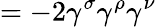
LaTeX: =-2\gamma^{\sigma}\gamma^{\rho}\gamma^{\nu}